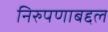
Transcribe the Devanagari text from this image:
निरुपणाबद्दल